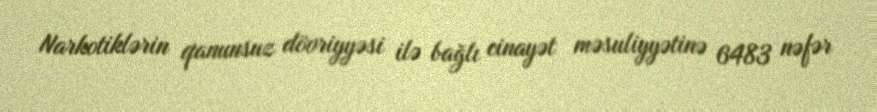
Narkotiklərin qanunsuz dövriyyəsi ilə bağlı cinayət məsuliyyətinə 6483 nəfər